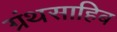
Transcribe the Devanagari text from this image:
ग्रंथसाहिब